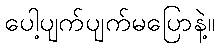
ပေါ့ပျက်ပျက်မပြောနဲ့။